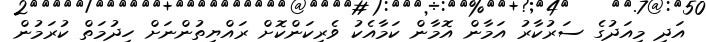
އަދި މިއަދުގެ ސަރުކާރު އަމާން އޮމާން ކަމާއެކު ވެރިކަންކޮށް ރައްޔިތުންނަށް ހިދުމަތް ކުރަމުން